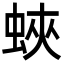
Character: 蛺